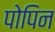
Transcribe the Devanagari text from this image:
पोपिन